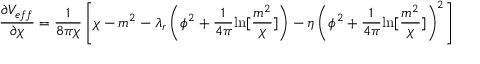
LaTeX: \frac { \partial V _ { e f f } } { \partial \chi } = \frac { 1 } { 8 \pi \chi } \left[ \chi - m ^ { 2 } - \lambda _ { r } \left( \phi ^ { 2 } + \frac { 1 } { 4 \pi } { \ln } [ \frac { m ^ { 2 } } { \chi } ] \right) - \eta \left( \phi ^ { 2 } + \frac { 1 } { 4 \pi } { \ln } [ \frac { m ^ { 2 } } { \chi } ] \right) ^ { 2 } \right]